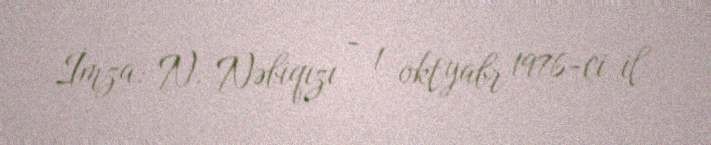
İmza: N. Nəbiqızı - 1 oktyabr 1976-ci il